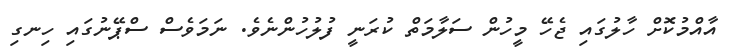
އާއްމުކޮށް ހާލުގައި ޖެހޭ މީހުން ސަލާމަތް ކުރަނީ ފުލުހުންނެވެ. ނަމަވެސް ސްޕޭނުގައި ހިނގި